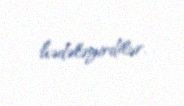
hədələyirdilər.